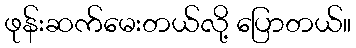
ဖုန်းဆက်မေးတယ်လို့ ပြောတယ်။